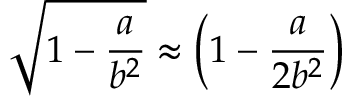
\sqrt { 1 - \frac { a } { b ^ { 2 } } } \approx \left( 1 - \frac { a } { 2 b ^ { 2 } } \right)